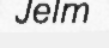
Jelm